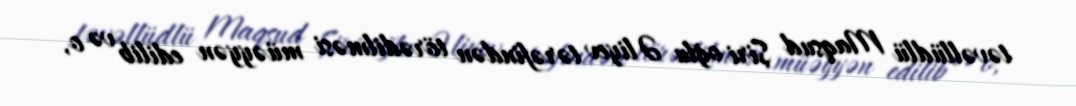
təvəllüdlü Maqsud Şiri oğlu Əliyev tərəfindən törədilməsi müəyyən edilib və o,